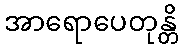
အာရောပေတုန္တိ